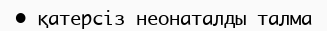
•	қатерсіз неонаталды талма